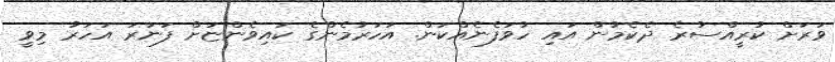
ވަރަށް ކުރީއްސުރެ ދެކެމުން އައި ހުވަފެނެއްކަން. އަހަރުމެންގެ ކައިވެންޏަށް ފަނަރަ އަހަރު މިވީ